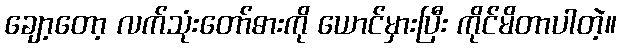
ချော့တော့ လက်သုံးတော်ဓားကို ယောင်မှားပြီး ကိုင်မိတာပါတဲ့။